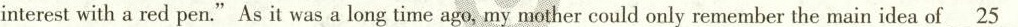
interest with a red pen."As it was a long time ago, my mother could only remember the main idea of \underline{25}